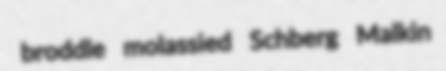
broddle molassied Schberg Malkin